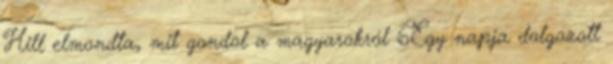
Hill elmondta, mit gondol a magyarokról 6Egy napja dolgozott